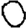
Digit: 0